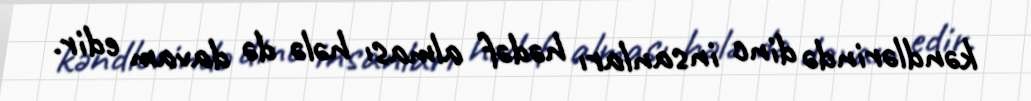
kəndlərində dinc insanları hədəf alması hələ də davam edir.